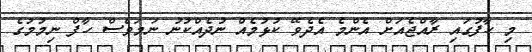
މި ހާފުގައި ރާއްޖެއަށް އެންމެ އެދެވޭ ކުޅުމެއް ނުދެއްކުނު ނަމަވެސް ހާފް ނިމުމުގެ